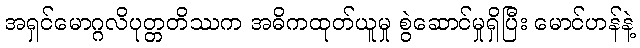
အရှင်မောဂ္ဂလိပုတ္တတိဿက အဓိကထုတ်ယူမှု စွဲဆောင်မှုရှိပြီး မောင်ဟန်နဲ့